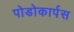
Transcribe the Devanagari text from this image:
पोडोकार्पस